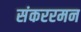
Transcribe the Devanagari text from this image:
संकररमन